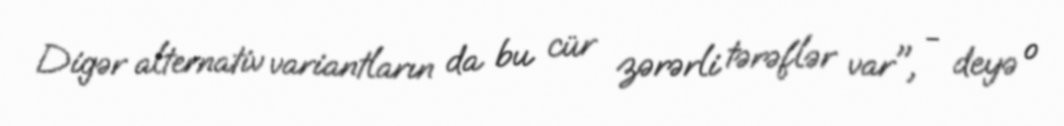
Digər alternativ variantların da bu cür zərərli tərəflər var", - deyə o